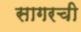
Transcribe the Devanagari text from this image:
सागरची